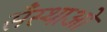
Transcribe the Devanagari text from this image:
सँस्थाओं